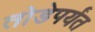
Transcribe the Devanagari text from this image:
तोडेपर्यंत